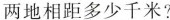
两地相距多少千米?